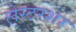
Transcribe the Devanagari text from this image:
लेस्टरशर